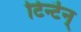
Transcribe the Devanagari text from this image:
टिन्टॆन्